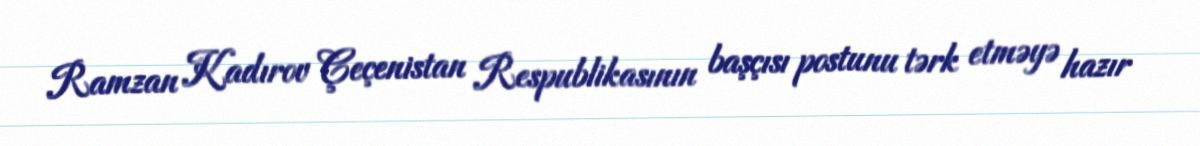
Ramzan Kadırov Çeçenistan Respublikasının başçısı postunu tərk etməyə hazır